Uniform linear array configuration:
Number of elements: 8
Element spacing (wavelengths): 0.75
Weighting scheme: blackman
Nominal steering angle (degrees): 30
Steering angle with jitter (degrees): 28.984
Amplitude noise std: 0.05
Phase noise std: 0.05

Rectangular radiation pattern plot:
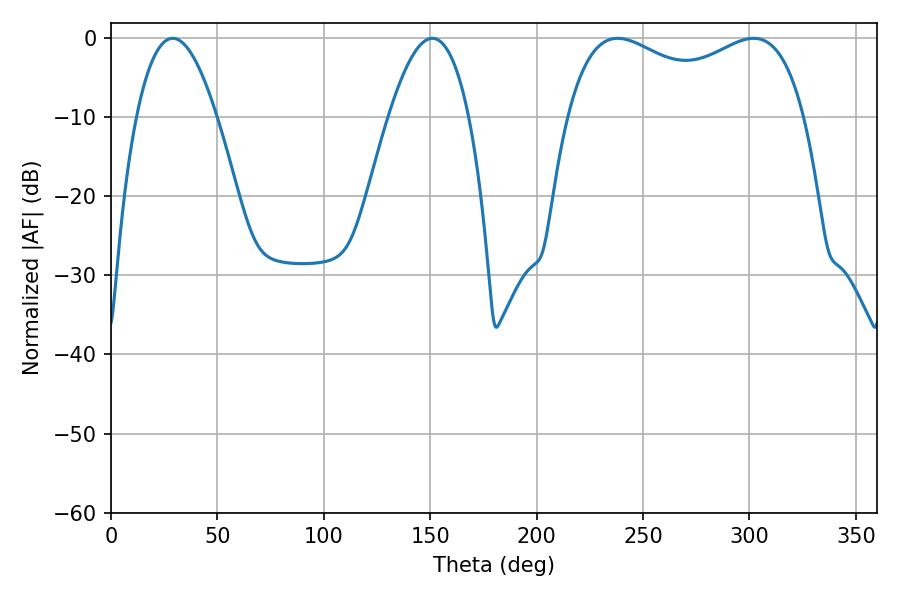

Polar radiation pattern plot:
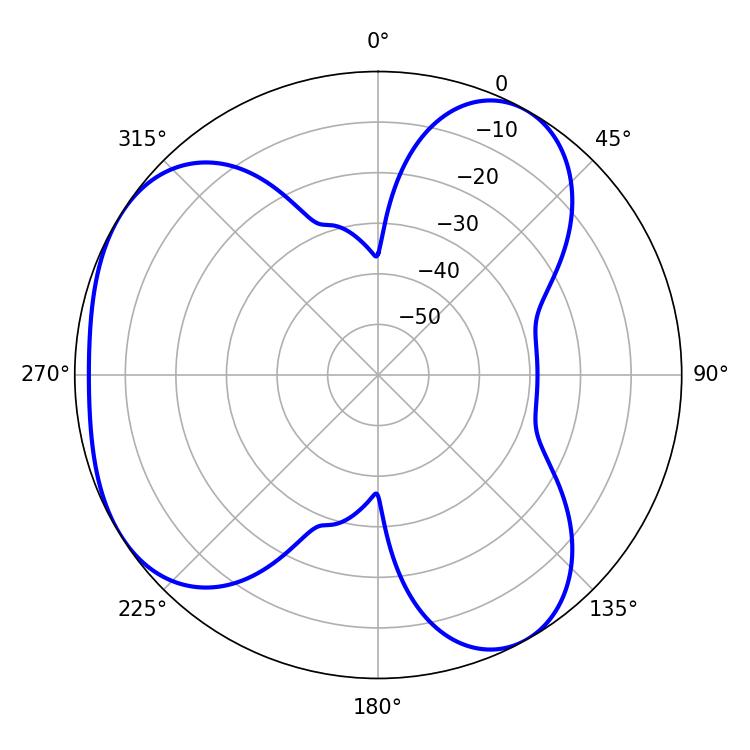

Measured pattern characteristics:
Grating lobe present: TRUE
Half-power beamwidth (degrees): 20.7
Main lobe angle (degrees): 28.98